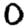
Digit: 0